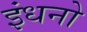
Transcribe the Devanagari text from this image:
इंधनो